Lunatic asylums Bombay report 1878-1890 - 1878-1890
Year: 1878
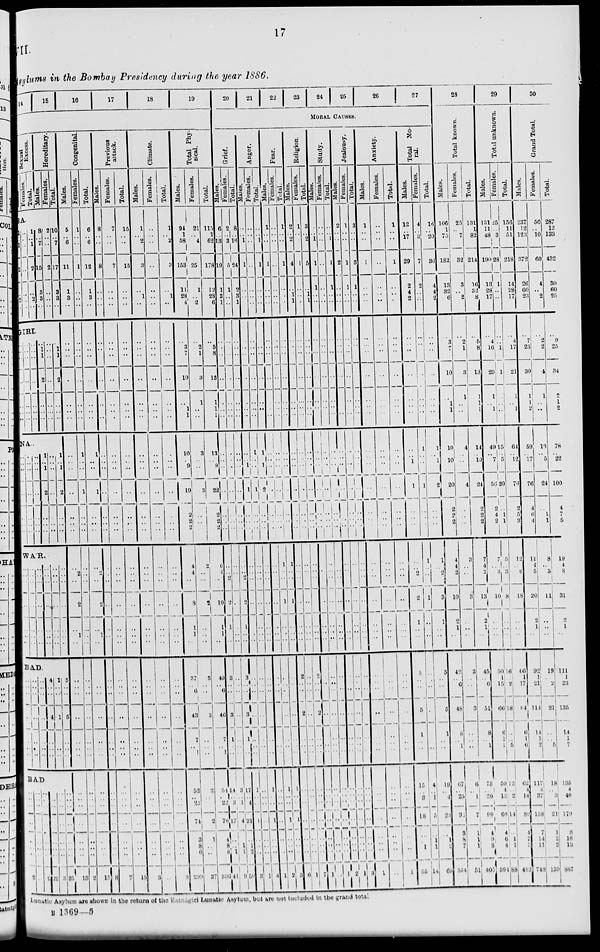
17
VII
Asylums in the Bombay Presidency during the year 1886.
14
15
16
17
18
19
Sexual
Excess.
Males.
Females.
Total.
Hereditary.
Males.
Females.
Total.
BA.
1
..
1
2
..
2
..
..
..
..
..
..
..
..
1
..
1
2
..
2
..
8
..
7
15
3
3
..
2
..
..
2
..
..
..
10
..
7
17
3
3
..
GIRI.
..
..
..
..
..
..
..
..
..
..
..
..
..
..
..
..
..
..
..
..
..
..
1
1
2
..
..
..
..
..
..
..
..
..
..
..
1
1
2
..
..
..
NA
..
..
..
..
..
..
..
..
..
..
..
..
..
..
..
..
..
..
..
..
..
1
..
1
2
..
..
..
..
..
..
..
..
..
..
1
..
1
2
..
..
..
WAR.
..
..
..
..
..
..
..
..
..
..
..
..
..
..
..
..
..
..
..
..
..
..
..
..
..
..
..
..
..
..
..
..
..
..
..
..
..
..
..
..
..
..
BAD.
..
..
..
..
..
..
..
..
..
..
..
..
..
..
..
..
..
..
..
..
..
4
..
..
4
..
..
..
1
..
..
1
..
..
..
5
..
..
5
..
..
..
BAD
..
..
..
..
..
..
..
2
..
..
..
..
..
..
..
..
..
..
..
..
..
..
..
2
..
..
..
..
..
..
..
22
..
..
..
..
..
..
..
3
..
..
..
..
..
..
..
25
Congenital.
Males.
5
..
6
11
1
3
..
..
..
..
..
..
..
..
..
..
..
..
..
..
..
..
2
..
2
..
1
..
..
..
..
..
..
..
..
..
..
..
..
..
..
..
13
Females.
1
..
..
1
..
..
..
..
..
..
..
..
..
..
1
..
..
1
..
..
..
..
..
..
..
..
..
..
..
..
..
..
..
..
..
..
..
..
..
..
..
..
2
Total.
6
..
6
12
1
3
..
..
..
..
..
..
..
..
1
..
..
1
..
..
..
..
2
..
2
..
1
..
..
..
..
..
..
..
..
..
..
..
..
..
..
..
15
Previous
attack.
Males.
8
..
..
8
..
..
..
..
..
..
..
..
..
..
..
..
..
..
..
..
..
..
..
..
..
..
..
..
..
..
..
..
..
..
..
..
..
..
..
..
..
..
8
Females.
7
..
..
7
..
..
..
..
..
..
..
..
..
..
..
..
..
..
..
..
..
..
..
..
..
..
..
..
..
..
..
..
..
..
..
..
..
..
..
..
..
..
7
Total.
15
..
..
15
..
..
..
..
..
..
..
..
..
..
..
..
..
..
..
..
..
..
..
..
..
..
..
..
..
..
..
..
..
..
..
..
..
..
..
..
..
..
15
Climate.
Males.
1
..
2
3
..
1
..
..
..
..
..
..
..
..
..
..
..
..
..
..
..
..
..
..
..
..
..
..
..
..
..
..
..
..
..
..
..
..
..
..
..
..
3
Females.
..
..
..
..
..
..
..
..
..
..
..
..
..
..
..
..
..
..
..
..
..
..
..
..
..
..
..
..
..
..
..
..
..
..
..
..
..
..
..
..
..
..
..
Total.
1
..
2
3
..
1
..
..
..
..
..
..
..
..
..
..
..
..
..
..
..
..
..
..
..
..
..
..
..
..
..
..
..
..
..
..
..
..
..
..
..
..
3
Total Phy-
sical.
Males.
94
1
58
153
11
28
4
..
3
7
10
..
1
1
10
..
9
19
2
2
2
4
4
..
8
1
1
..
37
..
6
43
7
..
1
52
..
22
74
3
8
6
299
Females.
21
..
4
25
1
..
2
..
2
1
3
1
..
..
3
..
..
3
..
..
..
2
..
..
2
..
..
..
3
..
..
3
..
..
..
2
..
..
2
1
..
..
37
Total.
115
1
62
178
12
28
6
..
5
8
13
1
1
1
13
..
9
22
2
2
2
6
4
..
10
1
1
..
40
..
6
46
7
..
1
54
..
22
76
4
8
6
336
20
21
22
23
24
25
26
27
MORAL CAUSES.
Grief.
Males.
6
..
13
19
1
3
1
..
..
..
..
..
..
..
..
..
..
..
..
..
..
..
..
2
2
1
..
..
3
..
..
3
1
..
..
14
..
3
17
..
..
1
41
Females.
2
..
3
5
1
..
..
..
..
..
..
..
..
..
..
..
..
..
..
..
..
..
..
..
..
..
..
..
..
..
..
..
..
..
..
3
..
1
4
..
1
1
9
Total.
8
..
16
24
2
3
1
..
..
..
..
..
..
..
..
..
..
..
..
..
..
..
..
2
2
..
..
..
3
..
..
3
1
..
..
17
..
4
21
..
1
2
50
Anger.
Males.
..
..
1
1
..
..
..
..
..
..
..
..
..
..
..
..
1
1
..
..
..
..
..
..
..
..
..
..
..
..
..
..
..
..
..
1
..
..
1
..
..
..
3
Females.
..
..
..
..
..
..
..
..
..
..
..
..
..
..
1
..
..
1
..
..
..
..
..
..
..
..
..
..
..
..
..
..
..
..
..
..
..
..
..
..
..
..
1
Total.
..
..
1
1
..
..
..
..
..
..
..
..
..
..
1
..
1
2
..
..
..
..
..
..
..
..
..
..
..
..
..
..
..
..
..
1
..
..
1
..
..
..
4
Fear.
Males.
1
..
..
1
..
..
..
..
..
..
..
..
..
..
..
..
..
..
..
..
..
..
..
..
..
..
..
..
..
..
..
..
..
..
..
..
..
..
..
..
..
..
1
Females.
..
..
..
..
..
..
..
..
..
..
..
..
..
..
..
..
..
..
..
..
..
1
..
..
1
..
..
..
..
..
..
..
..
..
..
1
..
..
1
..
..
..
2
Total.
1
..
..
1
..
..
..
..
..
..
..
..
..
..
..
..
..
..
..
..
..
1
..
..
1
..
..
..
..
..
..
..
..
..
..
1
..
..
1
..
..
..
3
Religion.
Males.
2
..
2
4
..
1
1
..
..
..
..
..
..
..
..
..
..
..
..
..
..
..
..
..
..
..
..
..
..
..
..
2
..
..
..
..
..
..
..
..
..
..
6
Females.
1
..
..
1
..
..
..
..
..
..
..
..
..
..
..
..
..
..
..
..
..
..
..
..
..
..
..
..
2
..
..
..
..
..
..
..
..
..
..
..
..
..
1
Total.
3
..
2
5
..
1
1
..
..
..
..
..
..
..
..
..
..
..
..
..
..
..
..
..
..
..
..
..
..
..
..
2
..
..
..
..
..
..
..
..
..
..
7
Study.
Males.
..
..
1
1
1
..
..
..
..
..
..
..
..
..
..
..
..
..
..
..
..
..
..
..
..
..
..
..
2
..
..
..
..
..
..
..
..
..
..
..
..
..
1
Females.
..
..
..
..
..
..
..
..
..
..
..
..
..
..
..
..
..
..
..
..
..
..
..
..
..
..
..
..
.. ..
..
..
..
..
..
..
..
..
..
..
..
..
..
Total.
..
..
1
1
1
..
..
..
..
..
..
..
..
..
..
..
..
..
..
..
..
..
..
..
..
..
..
..
..
..
..
..
..
..
..
..
..
..
..
..
..
..
1
Jealousy.
Males.
2
..
..
2
..
..
..
..
..
..
..
..
..
..
..
..
..
..
..
..
..
..
..
..
..
..
..
..
..
..
..
..
..
..
..
..
..
..
..
..
..
..
2
Females.
1
..
..
1
1
..
..
..
..
..
..
..
..
..
..
..
..
..
..
..
..
..
..
..
..
..
..
..
..
..
..
..
..
..
..
..
..
..
..
..
..
..
1
Total.
3
..
..
3
1
..
..
..
..
..
..
..
..
..
..
..
..
..
..
..
..
..
..
..
..
..
..
..
..
..
..
..
..
..
..
..
..
..
..
..
..
..
3
Anxiety.
Males.
1
..
..
1
..
..
..
..
..
..
..
..
..
..
..
..
..
..
..
..
..
..
..
..
..
..
..
..
..
..
..
..
..
..
..
..
..
..
..
..
..
..
1
Females.
..
..
..
..
..
..
..
..
..
..
..
..
..
..
..
..
..
..
..
..
..
..
..
..
..
..
..
..
..
..
..
..
..
..
..
..
..
..
..
..
..
..
..
Total.
1
..
..
1
..
..
..
..
..
..
..
..
..
..
..
..
..
..
..
..
..
..
..
..
..
..
..
..
..
..
..
..
..
..
..
..
..
..
..
..
..
..
1
Total Mo-
ral.
Males.
12
..
17
29
2
4
2
..
..
..
..
..
..
..
..
..
1
1
..
..
..
..
.. 2
2
1
..
..
5
..
..
5
1
..
..
15
..
3
18
..
..
1
55
Females.
4
..
3
7
2
..
..
..
..
..
..
..
..
..
1
..
..
1
..
..
..
1
..
..
1
..
..
..
..
..
..
..
..
..
..
4
..
1
5
..
1
1
14
Total.
16
..
20
36
4
4
2
..
..
..
..
..
..
..
1
..
1
2
..
..
1
.. 2
3
1
..
..
5
..
..
5
1
..
..
19
..
4
23
..
1
2
69
28
Total known.
Males.
106
1
75
182
13
32
6
..
3
7
10
..
1
1
10
..
10
20
2
2
2
4
4
2
10
2
1
..
42
..
6
48
8
..
1
67
..
25
92
3
8
7
354
Females.
25
..
7
32
3
..
2
..
2
1
3
1
..
..
4
..
..
4
..
..
..
3
..
..
3
..
..
..
3
..
..
3
..
..
..
6
..
1
7
1
1
1
51
Total.
131
1
82
214
16
32
8
..
5
8
13
1
1
1
14
..
10
24
2
2
2
7
4
2
13
2
1
..
45
..
6
51
8
..
1
73
..
26
99
4
9
8
405
29
Total unknown.
Males.
131
11
48
190
13
28
17
..
4
16
20
1
..
1
49
..
7
56
2
4
2
7
..
3
10
..
..
..
50
1
15
66
6
1
1
50
4
12
66
4
6
4
394
Females.
25
..
3
28
1
..
..
..
..
1
1
..
..
..
15
..
5
20
..
1
1
5
..
3
8
..
..
..
16
..
2
18
..
..
5
12
..
2
14
..
1
1
88
Total.
156
11
51
218
14
28
17
..
4
17
21
1
..
1
61
..
12
76
2
5
3
12
..
6
18
..
..
..
66
1
17
84
6
1
6
62
4
14
80
4
7
5
482
30
Grand Total.
Males.
237
12
123
372
26
60
23
..
7
23
30
1
1
2
59
..
17
76
4
6
4
11
4
5
20
2
1
..
92
1
21
114
14
1
2
117
4
37
158
7
14
11
748
Females.
50
..
10
60
4
..
2
..
2
2
4
1
..
..
19
..
5
24
..
l
1
8
..
3
11
..
..
..
19
..
2
21
..
..
5
18
..
3
21
1
2
2
139
Total.
287
12
133
432
30
60
25
..
9
25
34
2
1
2
78
..
22
100
4
7
5
19
4
8
31
2
1
..
111
1
23
135
14
1
7
135
4
40
179
8
16
13
887
Lunatic Asylum are shown in the return of the Ratnagiri Lunatic Asylum, but are not included in the grand total
B 1369—5